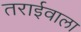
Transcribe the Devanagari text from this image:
तराईवाला